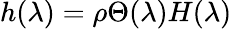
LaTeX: h(\lambda)=\rho\Theta(\lambda)H(\lambda)